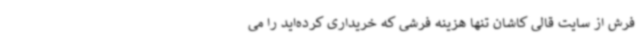
فرش از سایت قالی کاشان تنها هزینه فرشی که خریداری کرده‌اید را می‌